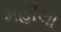
મહીલા